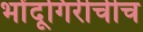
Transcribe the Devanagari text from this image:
भोंदूगिरीचीच